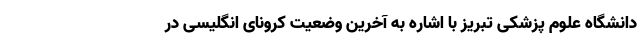
دانشگاه علوم پزشکی تبریز با اشاره به آخرین وضعیت کرونای انگلیسی در